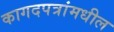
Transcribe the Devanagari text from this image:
कागदपत्रांमधील